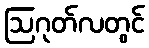
ဩဂုတ်လတွင်